Annual report on the working of the mental hospitals in the Madras Presidency - 1912-1932
Year: 1912
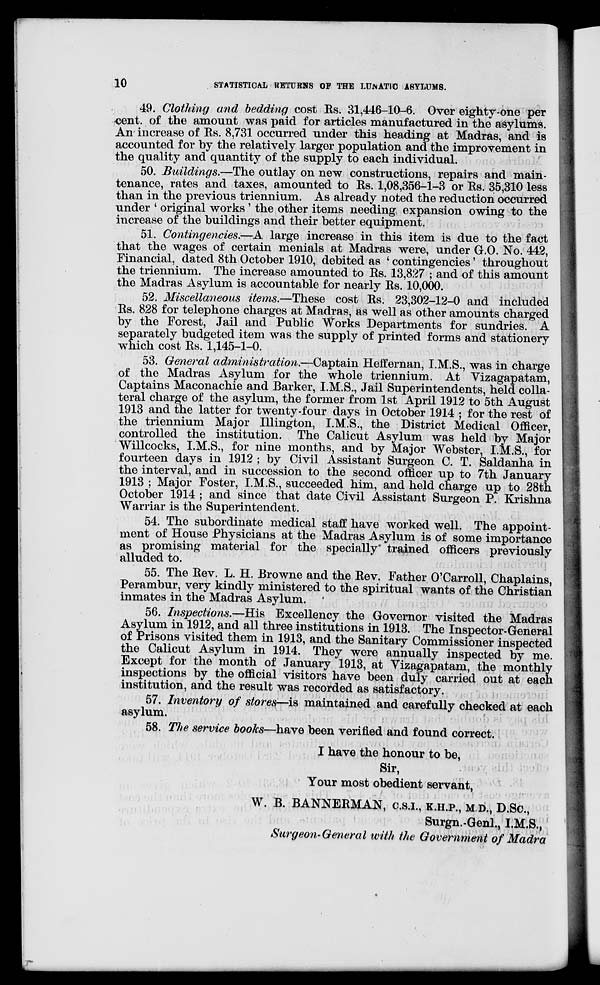
10
STATISTICAL RETURNS OF THE LUNATIC ASYLUMS.
49. Clothing and bedding cost Rs. 31,446-10-6. Over eighty-one per
cent. of the amount was paid for articles manufactured in the asylums.
An increase of Rs. 8,731 occurred under this heading at Madras, and is
accounted for by the relatively larger population and the improvement in
the quality and quantity of the supply to each individual.
50. Buildings.—The outlay on new constructions, repairs and main-
tenance, rates and taxes, amounted to Rs. 1,08,356-1-3 or Rs. 35,310 less
than in the previous triennium. As already noted the reduction occurred
under ' original works ' the other items needing expansion owing to the
increase of the buildings and their better equipment.
51. Contingencies.—A large increase in this item is due to the fact
that the wages of certain menials at Madras were, under G.O. No. 442,
Financial, dated 8th October 1910, debited as ' contingencies' throughout
the triennium. The increase amounted to Rs. 13,827 ; and of this amount
the Madras Asylum is accountable for nearly Rs. 10,000.
52. Miscellaneous items.—These cost Rs. 23,302-12-0 and included
Rs. 828 for telephone charges at Madras, as well as other amounts charged
by the Forest, Jail and Public Works Departments for sundries. A
separately budgeted item was the supply of printed forms and stationery
which cost Rs. 1,145-1-0.
53. General administration.—Captain Heffernan, I.M.S., was in charge
of the Madras Asylum for the whole triennium. At Vizagapatam,
Captains Maconachie and Barker, I.M.S., Jail Superintendents, held colla-
teral charge of the asylum, the former from 1st April 1912 to 5th August
1913 and the latter for twenty-four days in October 1914 ; for the rest of
the triennium Major Illington, I.M.S., the District Medical Officer,
controlled the institution. The Calicut Asylum was held by Major
Willcocks, I.M.S., for nine months, and by Major Webster, I.M.S., for
fourteen days in 1912 ; by Civil Assistant Surgeon C. T. Saldanha in
the interval, and in succession to the second officer up to 7th January
1913 ; Major Foster, I.M.S., succeeded him, and held charge up to 28th
October 1914 ; and since that date Civil Assistant Surgeon P. Krishna
Warriar is the Superintendent.
54. The subordinate medical staff have worked well. The appoint-
ment of House Physicians at the Madras Asylum is of some importance
as promising material for the specially trained officers previously
alluded to.
55. The Rev. L. H. Browne and the Rev. Father O'Carroll, Chaplains,
Perambur, very kindly ministered to the spiritual wants of the Christian
inmates in the Madras Asylum.
56. Inspections.—His Excellency the Governor visited the Madras
Asylum in 1912, and all three institutions in 1913. The Inspector-General
of Prisons visited them in 1913, and the Sanitary Commissioner inspected
the Calicut Asylum in 1914. They were annually inspected by me.
Except for the month of January 1913, at Vizagapatam, the monthly
inspections by the official visitors have been duly carried out at each
institution, and the result was recorded as satisfactory.
57. Inventory of stores—is maintained and carefully checked at each
asylum.
58. The service books—have been verified and found correct.
I have the honour to be,
Sir,
Your most obedient servant,
W. B. BANNERMAN, C.S.I, K.H.P., M.D., D.SC.,
Surgn.-Genl., I.M.S.,
Surgeon-General with the Government of Madra